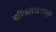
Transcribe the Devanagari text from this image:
चरित्रलेखनामुळे